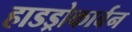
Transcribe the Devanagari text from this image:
हाडड्रोकार्बन